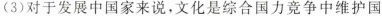
(3)对于发展中国家来说，文化是综合国力竞争中维护国